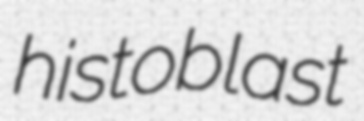
histoblast